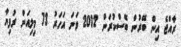
ރާއްޖެ އިން ބޭރުން ބޭސްކުރަން 2012 ވަނަ އަހަރު 73 މިލިއަން ރުފިޔާ